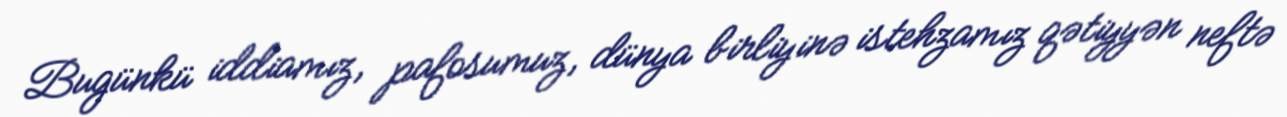
Bugünkü iddiamız, pafosumuz, dünya birliyinə istehzamız qətiyyən neftə